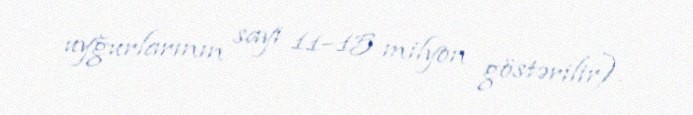
uyğurlarının sayı 11–15 milyon göstərilir).